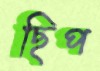
ছিপ